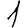
Digit: 1